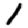
Digit: 1